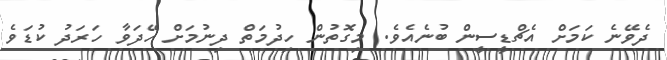
ދެވޭނެ ކަމަށް އެޗްޑީސީން ބުނެއެވެ. މިގޮތުން ހިދުމަތް ދިނުމަށް ހޭދަވާ ހަރަދު ކުޑަވެ